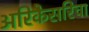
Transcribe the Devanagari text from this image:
अरिकेसरिचा